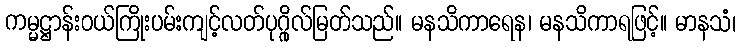
ကမ္မဋ္ဌာန်းဝယ်ကြိုးပမ်းကျင့်လတ်ပုဂ္ဂိုလ်မြတ်သည်။ မနသိကာရေန၊ မနသိကာရဖြင့်။ မာနသံ၊